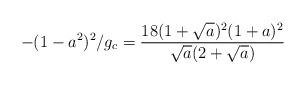
LaTeX: \begin{align*}-(1-a^{2})^{2}/g_{c} = {18 (1 + {\sqrt{a}})^{2}(1+a)^{2} \over {{\sqrt{a}}(2+{\sqrt{a}})}}\end{align*}